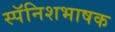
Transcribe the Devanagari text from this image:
स्पॅनिशभाषक